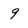
Character: 9